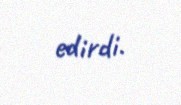
edirdi.